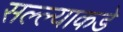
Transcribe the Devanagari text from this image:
सल्ल्याकडे